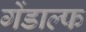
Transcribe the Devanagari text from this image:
गेंडाल्फ